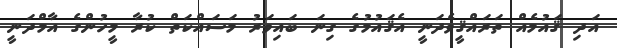
އަދި ޤައުމެއް ތަރައްޤީވެދަނީ އެޤައުމުގެ ގިނަ ބައިވަރު މަސައްކަތް ކުރާ މީހުންގެ އާމްދަނީ